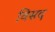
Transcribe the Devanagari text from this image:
विसद